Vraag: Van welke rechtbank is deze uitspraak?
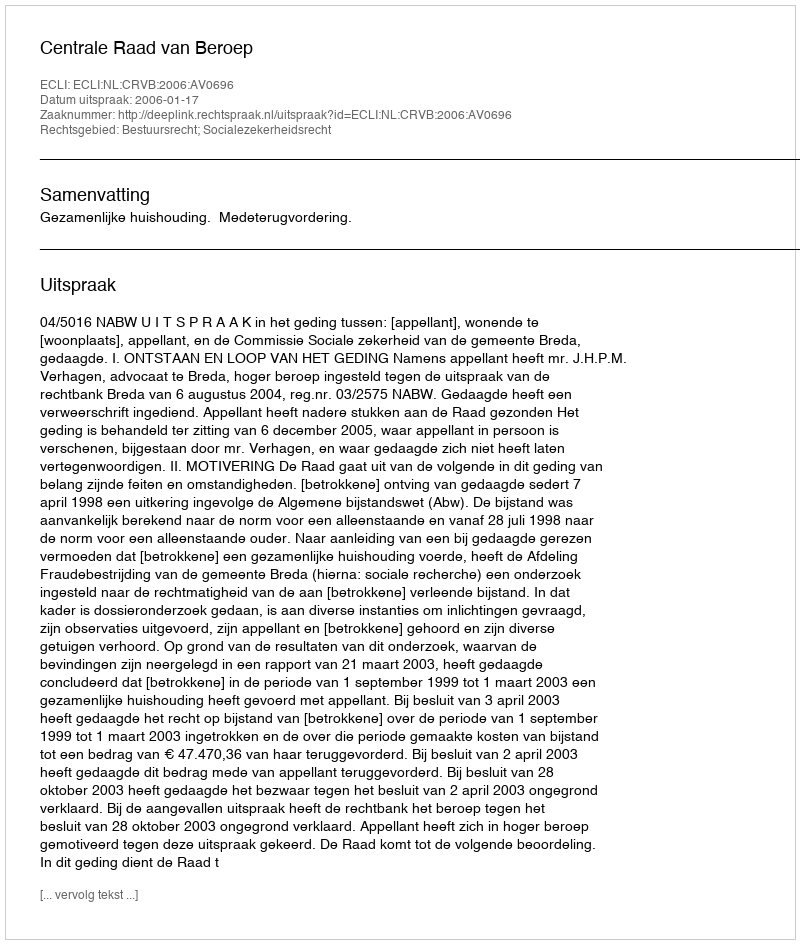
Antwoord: Centrale Raad van Beroep